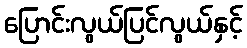
ပြောင်းလွယ်ပြင်လွယ်နှင့်